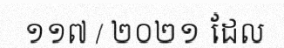
១១៧ / ២០២១ ដែល